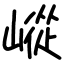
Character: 嵷